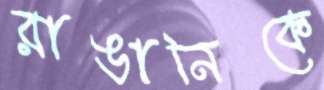
রাঙানিকে